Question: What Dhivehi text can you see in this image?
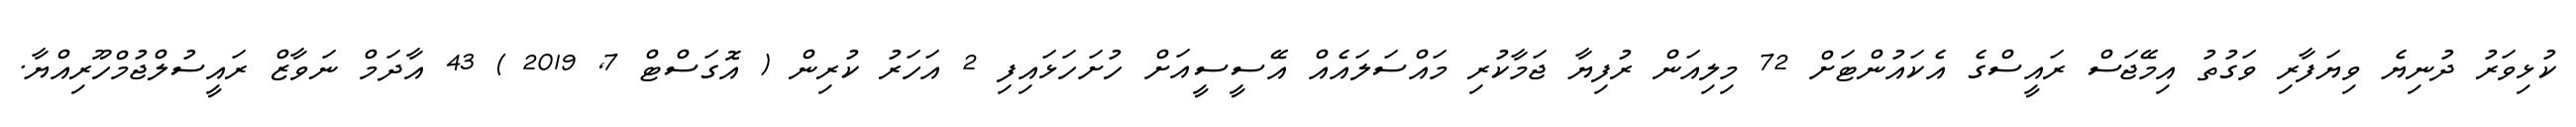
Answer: ކުޅިވަރު ދުނިޔެ ވިޔަފާރި ވަގުތު އިމޭޖަސް ރައީސްގެ އެކައުންޓަށް 72 މިލިއަން ރުފިޔާ ޖަމާކުރި މައްސަލައެއް އޭސީސީއަށް ހުށަހަޅައިފި 2 އަހަރު ކުރިން ( އޮގަސްޓް 7, 2019 ) 43 އާދަމް ނަވާޒް ރައީސުލްޖުމްހޫރިއްޔާ.